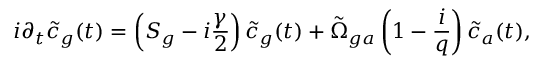
i \partial _ { t } \Tilde { c } _ { g } ( t ) = \left( S _ { g } - i \frac { \gamma } { 2 } \right) \Tilde { c } _ { g } ( t ) + \tilde { \Omega } _ { g a } \left( 1 - \frac { i } { q } \right) \Tilde { c } _ { a } ( t ) ,